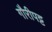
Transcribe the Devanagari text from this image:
गौरीपट्ट